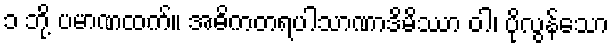
၁ ဘို့ ပမာဏထက်။ အဓိကတရပါသာဏာဒိမိဿာ ဝါ၊ ပိုလွန်သော